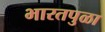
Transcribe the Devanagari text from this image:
भारतपुळा